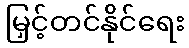
မြှင့်တင်နိုင်ရေး